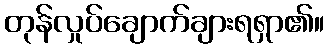
တုန်လှုပ်ချောက်ချားရရှာ၏။